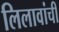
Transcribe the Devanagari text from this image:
लिलावांची